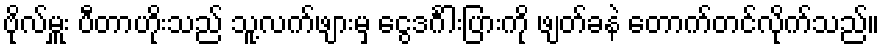
ဗိုလ်မှူး ပီတာဟိုးသည် သူ့လက်ဖျားမှ ငွေဒင်္ဂါးပြားကို ဖျတ်ခနဲ တောက်တင်လိုက်သည်။